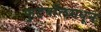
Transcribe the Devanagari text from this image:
फुटबॉलमधून